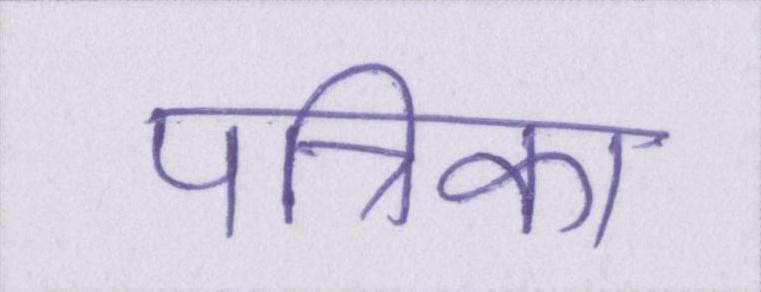
पत्रिका